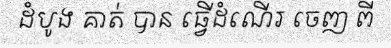
ដំបូង គាត់ បាន ធ្វើដំណើរ ចេញ ពី